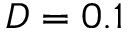
D = 0 . 1